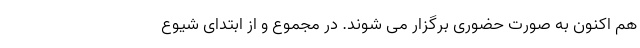
هم اکنون به صورت حضوری برگزار می شوند. در مجموع و از ابتدای شیوع